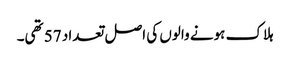
ہلاک ہونے والوں کی اصل تعداد 57 تھی۔